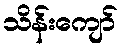
သိန်းကျော်